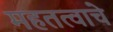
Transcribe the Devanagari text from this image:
महतत्वाचे